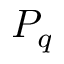
P _ { q }